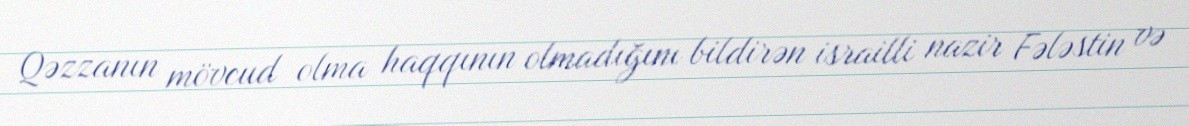
Qəzzanın mövcud olma haqqının olmadığını bildirən israilli nazir Fələstin və